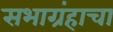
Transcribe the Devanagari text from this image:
सभाग्रंहाचा